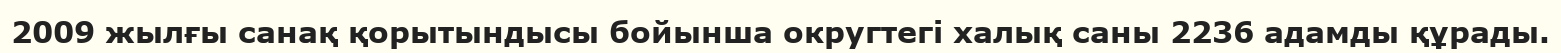
2009 жылғы санақ қорытындысы бойынша округтегі халық саны 2236 адамды құрады.